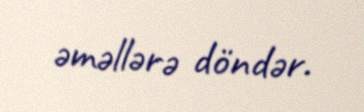
əməllərə döndər.